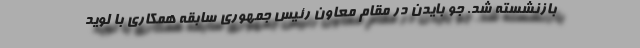
بازنشسته شد. جو بایدن در مقام معاون رئیس جمهوری سابقه همکاری با لوید